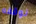
نوقفه